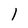
Character: l